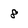
Character: 8